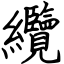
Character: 纜